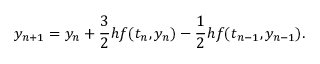
y _ { n + 1 } = y _ { n } + { \frac { 3 } { 2 } } h f ( t _ { n } , y _ { n } ) - { \frac { 1 } { 2 } } h f ( t _ { n - 1 } , y _ { n - 1 } ) .